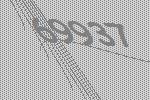
69937